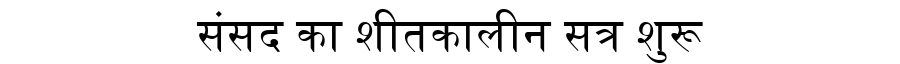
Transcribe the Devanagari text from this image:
संसद का शीतकालीन सत्र शुरू